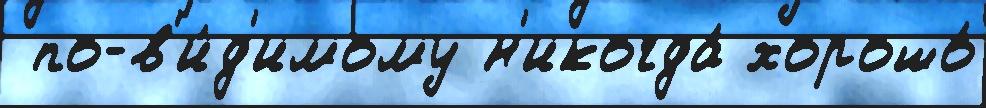
 по-в'и́д'имому н'икогда́ хорошо́